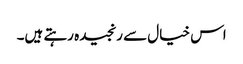
اس خیال سے رنجیدہ رہتے ہیں۔